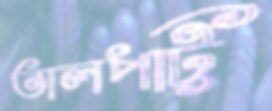
তালপট্টি